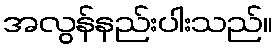
အလွန်နည်းပါးသည်။